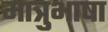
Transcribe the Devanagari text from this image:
मात्रुभाषा